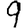
Digit: 9